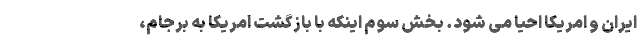
ایران و امریکا احیا می شود. بخش سوم اینکه با بازگشت امریکا به برجام،